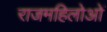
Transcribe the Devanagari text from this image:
राजमहिलोओं